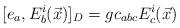
LaTeX: \begin{align*}[e_{a},E_{b}^{i}(\vec{x})]_{D} = g c_{abc} E_{c}^{i}(\vec{x})\end{align*}